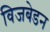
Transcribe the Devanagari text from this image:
विजबेडन